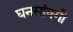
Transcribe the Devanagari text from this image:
घनसांवगी